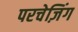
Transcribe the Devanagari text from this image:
परचेज़िंग